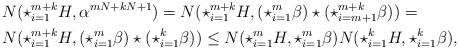
LaTeX: \begin{align*}&N(\star_{i=1}^{m+k}H,\alpha^{mN+kN+1}) = N(\star_{i=1}^{m+k}H, (\star_{i=1}^{m} \beta) \star (\star_{i=m+1}^{m+k} \beta) ) = \\& N( \star_{i=1}^{m+k}H,(\star_{i=1}^{m} \beta) \star (\star_{i=1}^{k} \beta) ) \le N(\star_{i=1}^{m}H,\star_{i=1}^{m} \beta) N( \star_{i=1}^{k}H,\star_{i=1}^{k} \beta),\end{align*}